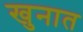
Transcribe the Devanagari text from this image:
खुनात